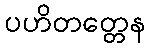
ပဟိတတ္တေန